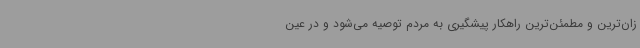
زان‌ترین و مطمئن‌ترین راهکار پیشگیری به مردم توصیه می‌شود و در عین